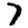
Digit: 7